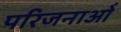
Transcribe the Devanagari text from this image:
परिजनाओं